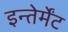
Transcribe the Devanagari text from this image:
इन्तेर्मेंट